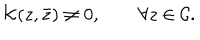
LaTeX: { \cal K } ( z , \bar { z } ) \neq 0 , \qquad \forall z \in { \cal C } .